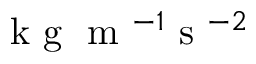
\mathrm { ~ k ~ g ~ } \mathrm { ~ m ~ } ^ { - 1 } \mathrm { ~ s ~ } ^ { - 2 }